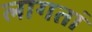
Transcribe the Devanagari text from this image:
लागतां